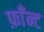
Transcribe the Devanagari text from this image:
फ़ाँन्ट